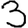
Digit: 3